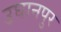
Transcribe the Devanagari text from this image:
उघानपुर